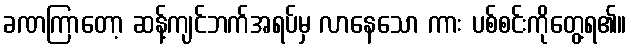
ခဏကြာတော့ ဆန့်ကျင်ဘက်အရပ်မှ လာနေသော ကား ပစ်စင်းကိုတွေ့ရ၏။